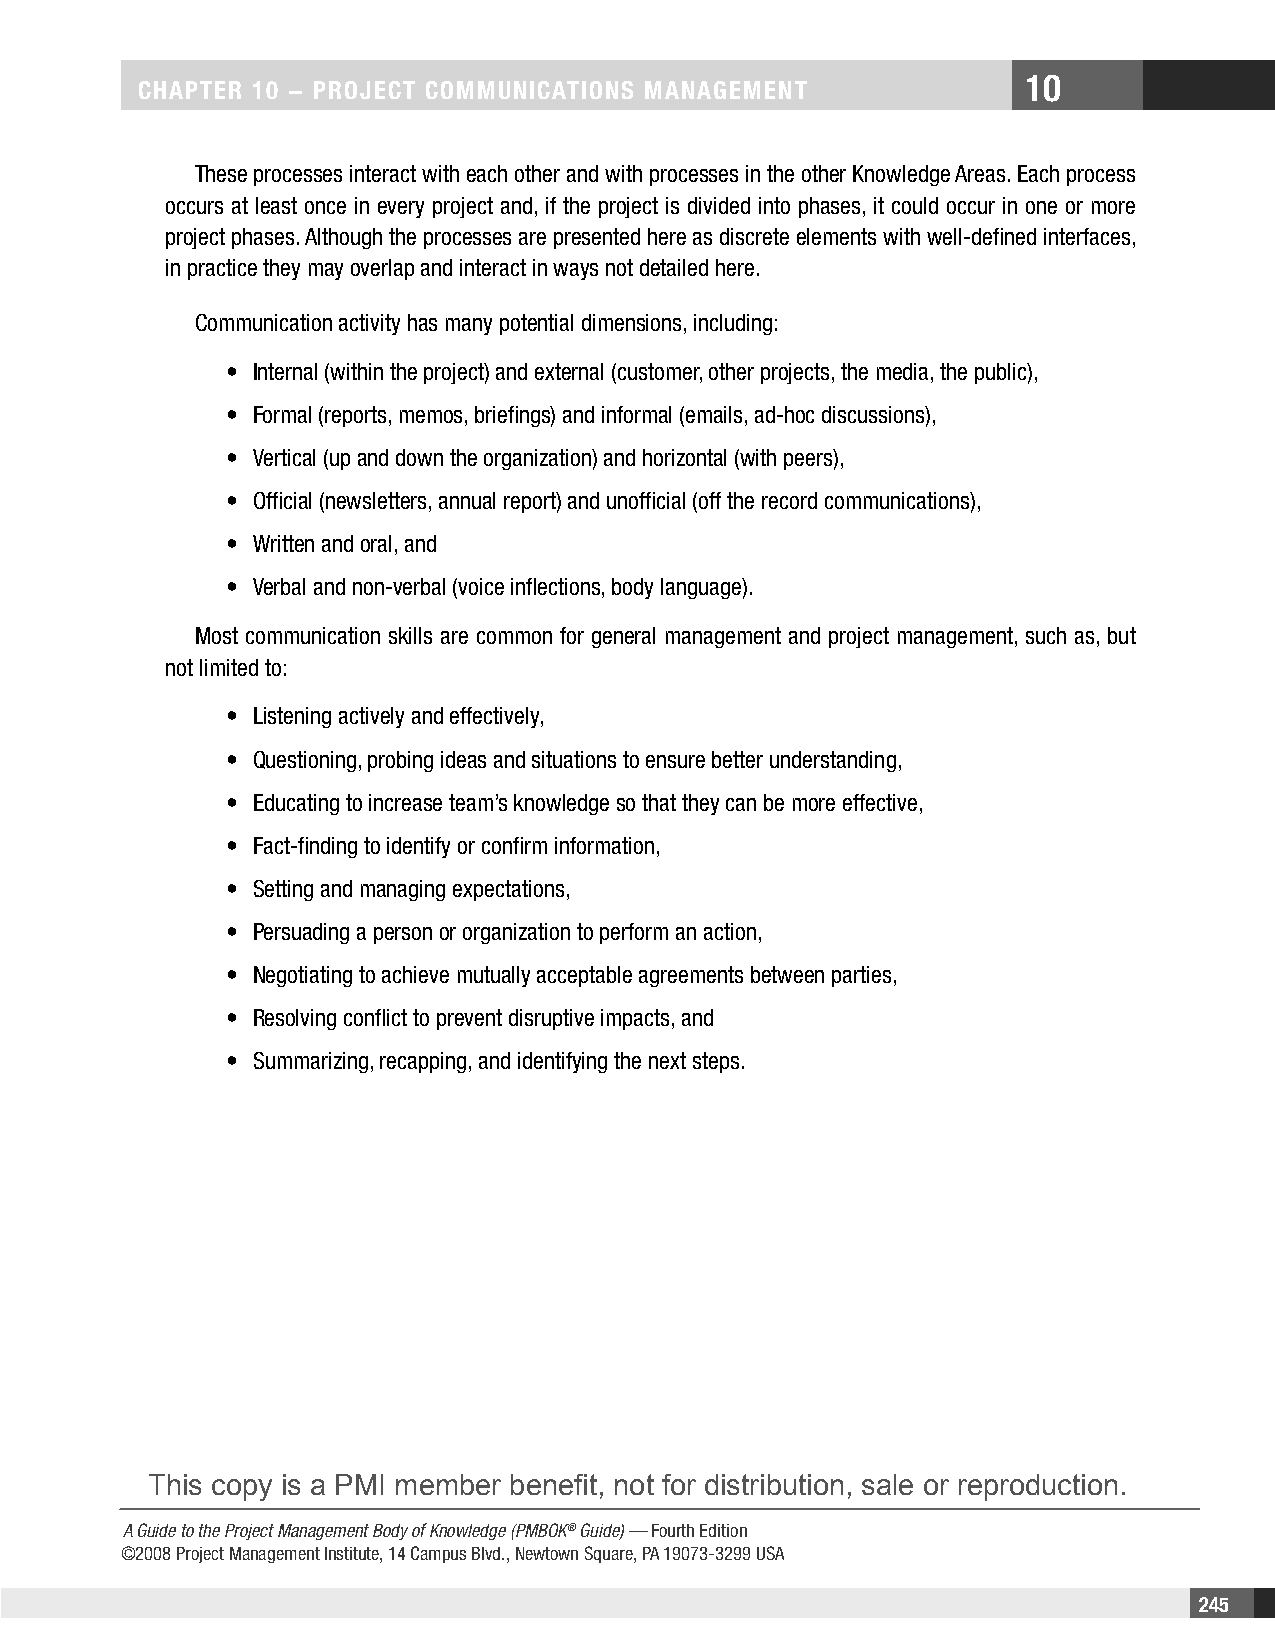
10
 CHAPTER 10 − PROjECT COMMunICATIOnS MAnAgEMEnT
 These processes interact with each other and with processes in the other Knowledge Areas. Each process
 occurs at least once in every project and, if the project is divided into phases, it could occur in one or more
 project phases. Although the processes are presented here as discrete elements with well-defined interfaces,
 in practice they may overlap and interact in ways not detailed here.
 Communication activity has many potential dimensions, including:
 • Internal (within the project) and external (customer, other projects, the media, the public),
 • Formal (reports, memos, briefings) and informal (emails, ad-hoc discussions),
 • Vertical (up and down the organization) and horizontal (with peers),
 • Official (newsletters, annual report) and unofficial (off the record communications),
 • Written and oral, and
 • Verbal and non-verbal (voice inflections, body language).
 Most communication skills are common for general management and project management, such as, but
 not limited to:
 • Listening actively and effectively,
 • Questioning, probing ideas and situations to ensure better understanding,
 • Educating to increase team’s knowledge so that they can be more effective,
 • Fact-finding to identify or confirm information,
 • Setting and managing expectations,
 • Persuading a person or organization to perform an action,
 • Negotiating to achieve mutually acceptable agreements between parties,
 • Resolving conflict to prevent disruptive impacts, and
 • Summarizing, recapping, and identifying the next steps.
 This copy is a PMI member benefit, not for distribution, sale or reproduction.
 A Guide to the Project Management Body of Knowledge (PMBOK® Guide) — Fourth Edition
 ©2008 Project Management Institute, 14 Campus Blvd., Newtown Square, PA 19073-3299 USA
 245